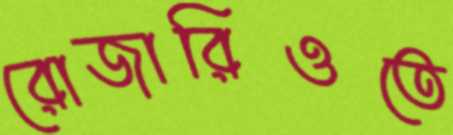
রোজারিওতে